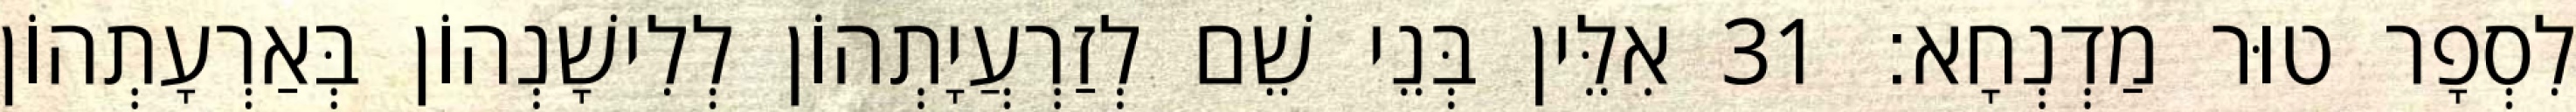
לִסְפָר טוּר מַדְנְחָא׃ 31 אִלֵּין בְּנֵי שֵׁם לְזַרְעֲיָתְהוֹן לְלִישָׁנְהוֹן בְּאַרְעָתְהוֹן